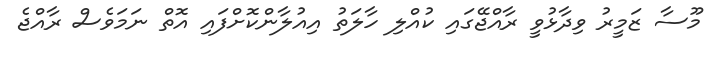
މޫސާ ޒަމީރު ވިދާޅުވީ ރާއްޖޭގައި ކުއްލި ހާލަތު އިއުލާންކޮށްފައި އޮތް ނަމަވެސް ރާއްޖެ